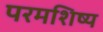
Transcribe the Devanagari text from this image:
परमशिष्य